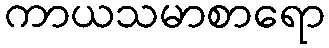
ကာယသမာစာရော